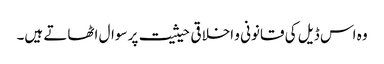
وہ اس ڈیل کی قانونی و اخلاقی حیثیت پر سوال اٹھاتے ہیں۔